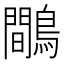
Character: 鷼